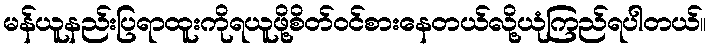
မန်ယူနည်းပြရာထူးကိုရယူဖို့စိတ်ဝင်စားနေတယ်လို့ယုံကြည်ရပါတယ်။